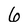
Character: 6